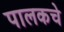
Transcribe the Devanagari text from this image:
पालकचे